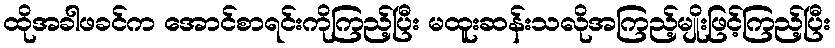
ထိုအခါဖခင်က အောင်စာရင်းကိုကြည့်ပြီး မထူးဆန်းသလိုအကြည့်မျိုးဖြင့်ကြည့်ပြီး